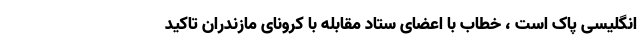
انگلیسی پاک است ، خطاب با اعضای ستاد مقابله با کرونای مازندران تاکید